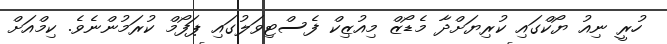
ހުރީ ނިއު ޔޯކްގައި ކުރިޔަށްދާ މެޑޯޒް މިއުޒިކް ފެސްޓިވަލުގައި ޕަފޯމް ކުރަމުންނެވެ. ކިމްއަށް